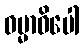
ဓမ္မာဓိပေါ